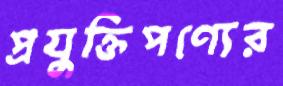
প্রযুক্তিপণ্যের